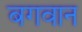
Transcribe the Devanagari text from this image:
बगवान